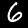
Digit: 6